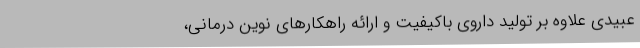
عبیدی علاوه بر تولید داروی باکیفیت و ارائه راهکارهای نوین درمانی،